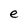
Character: e